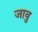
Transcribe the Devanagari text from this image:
जावु